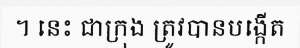
។ នេះ ជាក្រុង ត្រូវបានបង្កើត